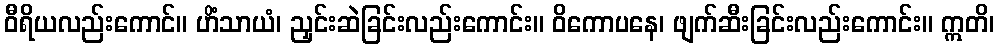
ဝီရိယလည်းကောင်။ ဟိံသာယံ၊ ညှင်းဆဲခြင်းလည်းကောင်း။ ဝိကောပနေ၊ ဖျက်ဆီးခြင်းလည်းကောင်း။ ဣတိ၊